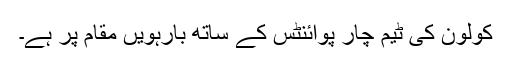
کولون کی ٹیم چار پوائنٹس کے ساتھ بارہویں مقام پر ہے۔